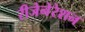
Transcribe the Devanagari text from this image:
रीजेनेरेशन